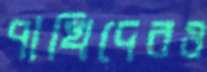
পাখিদেরও